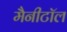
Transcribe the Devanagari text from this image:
मैनीटॉल